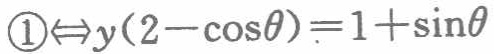
\(\textcircled{1}\Leftrightarrow y(2 - \cos\theta)=1+\sin\theta\)